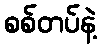
စစ်တပ်နဲ့